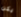
يكن